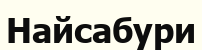
Найсабури